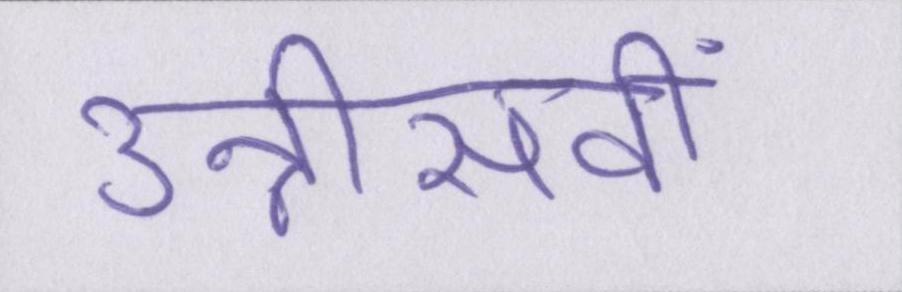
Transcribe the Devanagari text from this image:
उन्नीसवीं